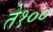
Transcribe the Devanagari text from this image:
ते१००